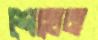
শেখেন